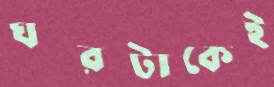
ঘরটাকেই